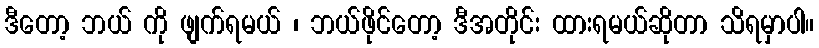
ဒီတော့ ဘယ် ကို ဖျက်ရမယ် ၊ ဘယ်ဖိုင်တော့ ဒီအတိုင်း ထားရမယ်ဆိုတာ သိရမှာပါ။